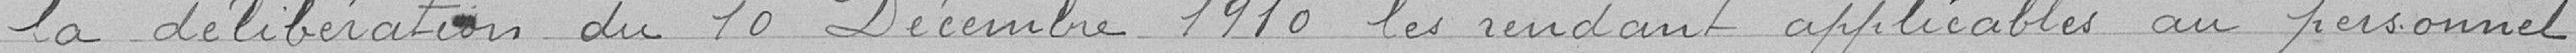
la délibération du 10 décembre 1910 les rendant applicables au personnel